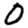
Digit: 0